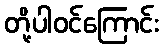
တို့ပါဝင်ကြောင်း